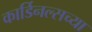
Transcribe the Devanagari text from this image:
कार्डिनल्सच्या